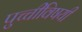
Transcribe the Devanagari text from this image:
पुच्चीविषयी